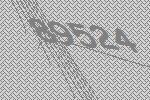
89524